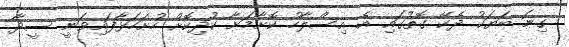
ގިނަ ބަޔަކު ދެކޭ ގޮތުގައި އެ އިސްލާހު ކޮށާމަށާ ކުދިކޮށް ހުށަހަޅާފައިވަނީ ސީދާ